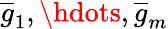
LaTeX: \overline{{g}}_{1},\hdots,\overline{{g}}_{m}